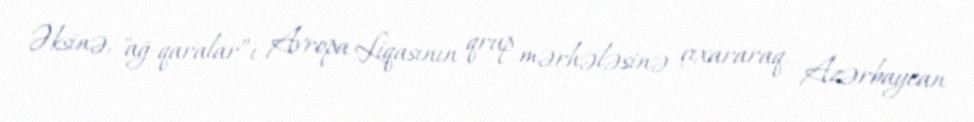
Əksinə, "ağ-qaralar”ı Avropa Liqasının qrup mərhələsinə çıxararaq, Azərbaycan